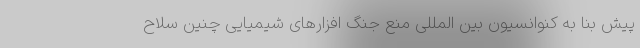
پیش بنا به کنوانسیون بین المللی منع جنگ افزارهای شیمیایی چنین سلاح